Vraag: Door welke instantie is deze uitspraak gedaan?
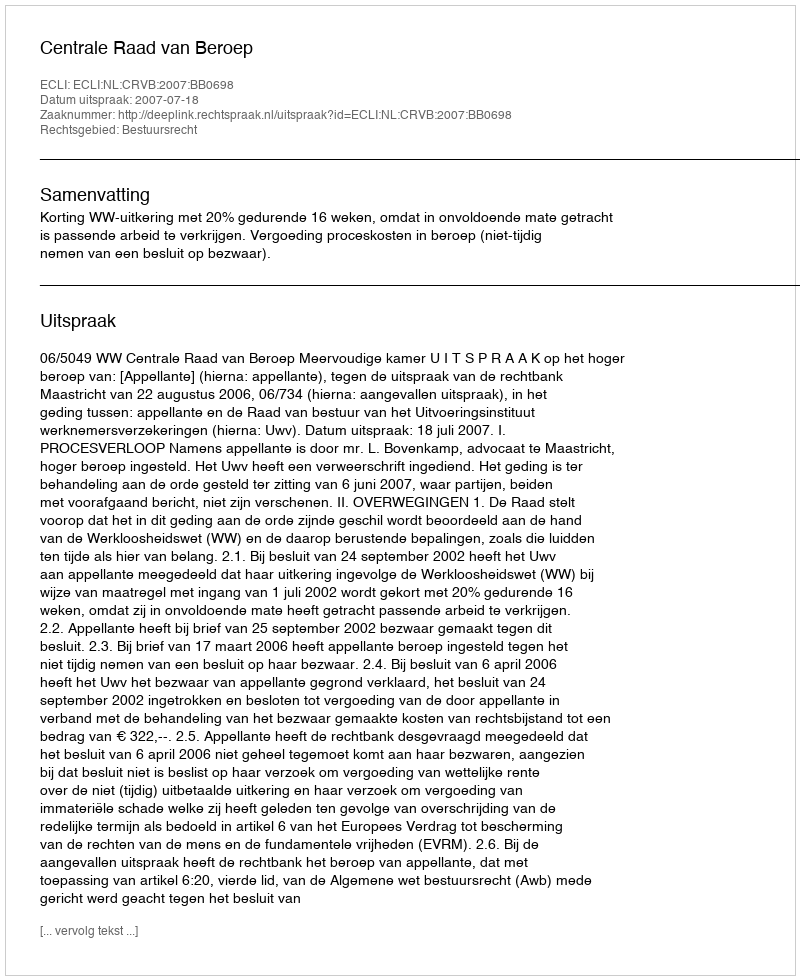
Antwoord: Centrale Raad van Beroep